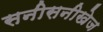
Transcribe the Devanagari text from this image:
सनीसनीखेज